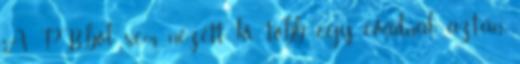
A PB-ből sem nézett ki több egy évadnál aztán